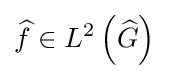
{\widehat {f}}\in L^{2}\left({\widehat {G}}\right)